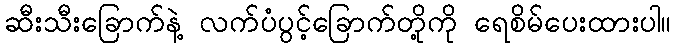
ဆီးသီးခြောက်နဲ့ လက်ပံပွင့်ခြောက်တို့ကို ရေစိမ်ပေးထားပါ။